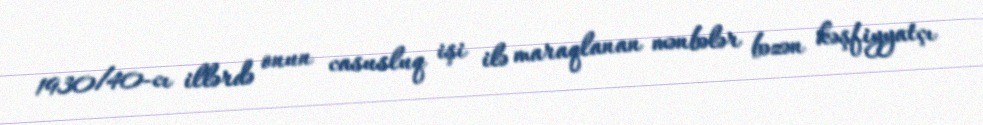
1930/40-cı illərdə onun casusluq işi ilə maraqlanan mənbələr bəzən kəşfiyyatçı